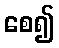
စေ၍